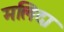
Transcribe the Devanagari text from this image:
मलिदा